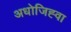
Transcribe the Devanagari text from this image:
अधोजिह्वा